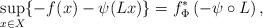
LaTeX: \begin{align*}\sup\limits_{x\in X}\{-f(x)-\psi(Lx)\}=f^*_\Phi \left(-\psi\circ L \right),\end{align*}